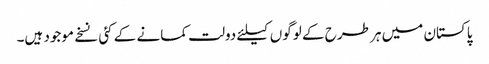
پاکستان میں ہر طرح کے لوگوں کیلئے دولت کمانے کے کئی نسخے موجود ہیں۔